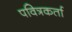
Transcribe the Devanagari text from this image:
पवित्रकर्ता